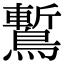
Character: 䳻